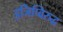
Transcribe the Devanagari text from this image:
इजिप्विरुद्ध